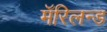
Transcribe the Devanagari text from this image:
मॅरिलन्ड